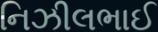
નિઝીલભાઈ